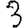
Digit: 3